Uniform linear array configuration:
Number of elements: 32
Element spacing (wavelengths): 1
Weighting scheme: binomial
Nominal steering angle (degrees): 0
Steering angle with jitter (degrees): -0.7281
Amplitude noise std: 0.05
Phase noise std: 0.05

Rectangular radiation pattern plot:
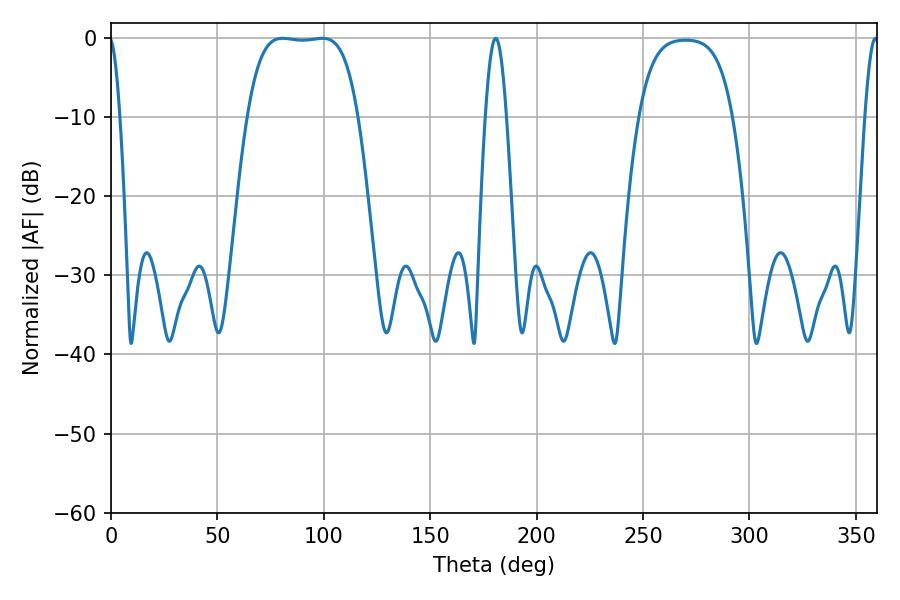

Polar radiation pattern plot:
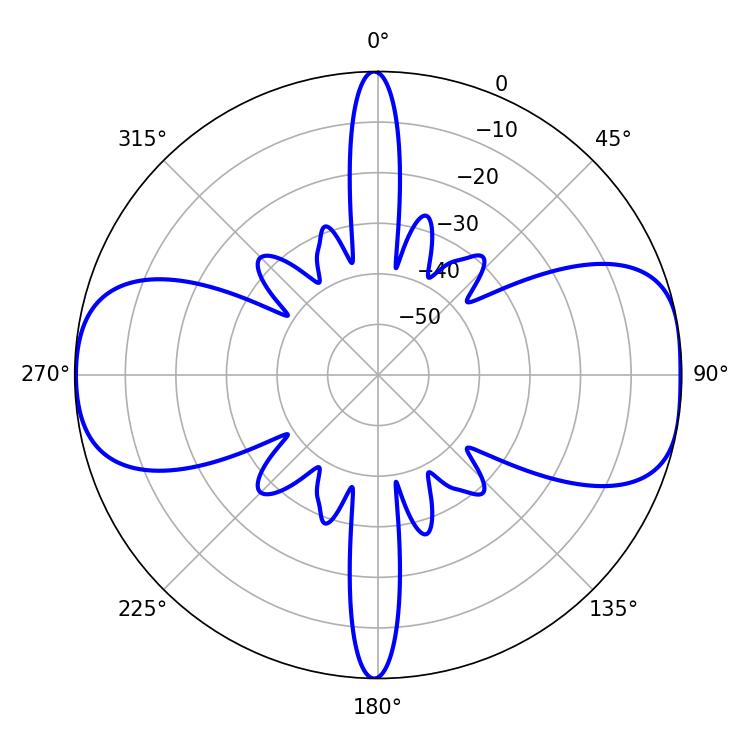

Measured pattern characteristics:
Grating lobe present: TRUE
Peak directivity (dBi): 10.387
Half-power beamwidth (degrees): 40.32
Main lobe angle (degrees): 80.64